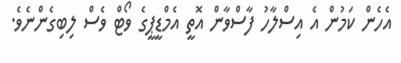
އެހެން ކަމުން އެ އިސްލާހު ފާސްވާން އޮތީ އެމްޑީޕީގެ ވޯޓް ވެސް ލިބިގެންނެވެ.